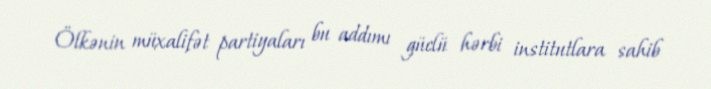
Ölkənin müxalifət partiyaları bu addımı güclü hərbi institutlara sahib